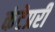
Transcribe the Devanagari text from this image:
कंटेप्ररी